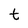
Character: t